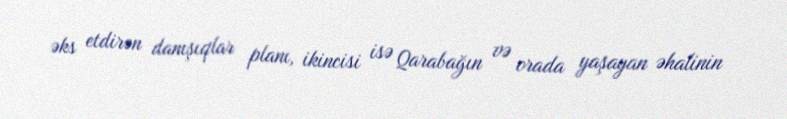
əks etdirən danışıqlar planı, ikincisi isə Qarabağın və orada yaşayan əhalinin